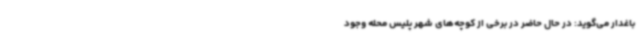
باغدار می‌گوید: در حال حاضر در برخی از کوچه‌های شهر پلیس محله وجود